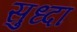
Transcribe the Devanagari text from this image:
सुध्‍दा